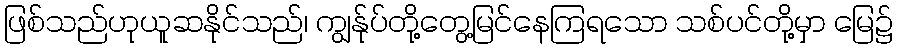
ဖြစ်သည်ဟုယူဆနိုင်သည်၊ ကျွန်ုပ်တို့တွေ့မြင်နေကြရသော သစ်ပင်တို့မှာ မြေ၌